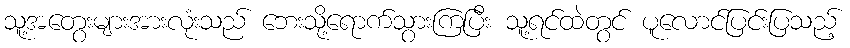
သူ့အတွေးများအားလုံးသည် ဘေးသို့ရောက်သွားကြပြီး သူ့ရင်ထဲတွင် ပူလောင်ပြင်းပြသည့်